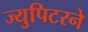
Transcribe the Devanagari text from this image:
ज्युपिटरने